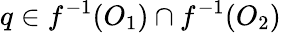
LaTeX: q\in f^{-1}(O_{1})\cap f^{-1}(O_{2})